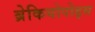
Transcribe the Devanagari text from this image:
ब्रेकियोपोड्स